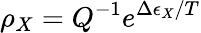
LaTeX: \rho_{X}=Q^{-1}e^{\Delta\epsilon_{X}/T}